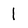
Character: l